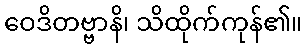
ဝေဒိတဗ္ဗာနိ၊ သိထိုက်ကုန်၏။